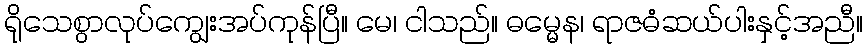
ရိုသေစွာလုပ်ကျွေးအပ်ကုန်ပြီ။ မေ၊ ငါသည်။ ဓမ္မေန၊ ရာဇဓံဆယ်ပါးနှင့်အညီ။